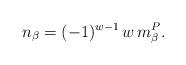
LaTeX: \begin{align*}n_\beta = (-1)^{w-1} \, w \, m^P_\beta.\end{align*}